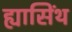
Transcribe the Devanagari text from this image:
ह्यासिंथ